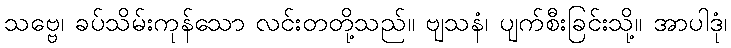
သဗ္ဗေ၊ ခပ်သိမ်းကုန်သော လင်းတတို့သည်။ ဗျသနံ၊ ပျက်စီးခြင်းသို့။ အာပါဒုံ၊